Vaccination in the Punjab 1919-1929 - 1919-1929
Year: 1919
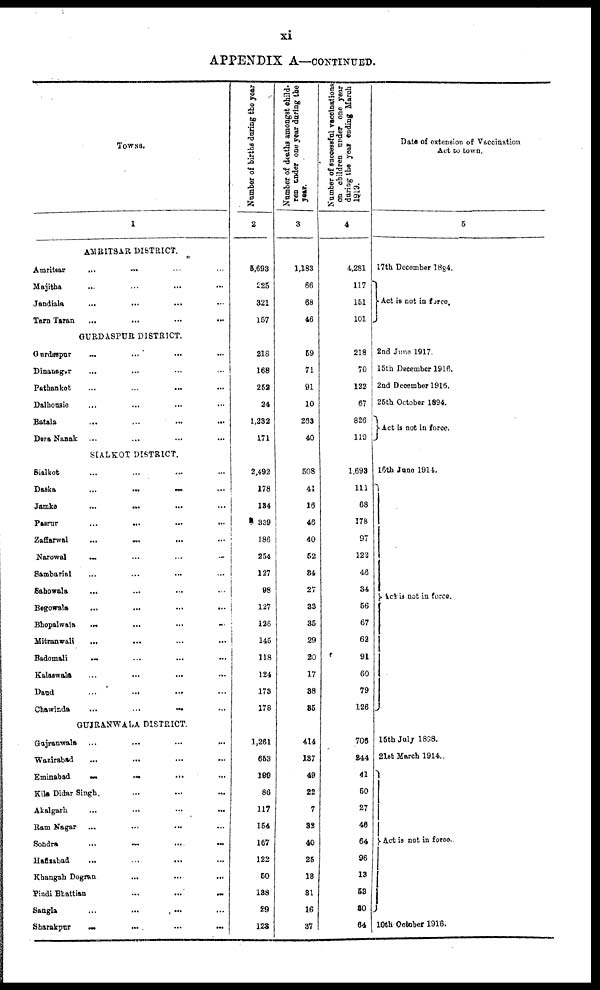
xi
APPENDIX A—CONTINUED.
TOWNS.
1
AMRITSAR DISTRICT.
Amritsar ... ... ... ...
Majitha ... ... ... ...
Jandiala ... ... ... ...
Tarn Taran ... ... ... ...
GURDASPUR DISTRICT.
Gurdaspur ... ... ... ...
Dinanagar ... ... ... ...
Pathankot ... ... ... ...
Dalhousie ... ... ... ...
Batala ... ... ... ...
Dera Nanak ... ... ... ...
SIALKOT DISTRICT.
Sialkot ... ... ... ...
Daska
...
...
...
...
Jamke
...
...
...
...
Pasrur
...
...
...
...
Zaffarwal ... ... ... ...
Narowal ... ... ... ...
Sambarial ... ... ... ...
Sahowala ... ... ... ...
Begowala ... ... ... ...
Bhopalwala ... ... ... ...
Mitranwali
...
...
...
...
Badomali ... ... ... ...
Kalaswala ... ... ... ...
Daud ... ... ... ...
Chawinda
...
...
...
...
GUJRANWALA DISTRICT.
Gujranwala
...
...
...
...
Wazirabad ... ... ... ...
Eminabad
...
...
...
...
Kila Didar Singh ... ... ...
Akalgarh ... ... ... ...
Ram Nagar ... ... ... ...
Sondra
...
...
...
...
Hafizabad ... ... ... ...
Khangah Dogran ... ... ...
Pindi Btattian
...
...
...
...
Sangla
...
...
...
...
Sharakpur
...
...
...
...
Number of births during the year
2
5,693
225
321
157
218
168
252
24
1,232
171
2,492
178
184
339
186
254
127
98
127
126
145
118
124
173
178
1,261
653
190
86
117
154
167
122
50
138
29
123
Number of deaths amongst child-
ren coder one year daring the
year.
3
1,183
66
68
46
59
71
91
10
263
40
508
41
16
46
40
52
84
27
33
35
29
20
17
38
35
414
137
49
22
7
32
40
25
18
31
16
37
Number of successful vaccinations
an children under one year
during the year ending March
1919.
4
4,281
117
151
101
218
70
122
67
826
119
1,693
111
68
178
97
122
46
34
56
67
62
91
60
79
126
706
344
41
50
27
46
64
96
13
53
30
64
Date of extension of Vaccination
Act to town.
5
17th December 1884.
Act is not in force.
2nd June 1917.
15th December 1916.
2nd December 1916.
25th October 1894.
Act is not in force.
16th June 1914.
Act is not in fores.
15th July 1898.
21st March 1914.
Act is not in force.
10th October 1916.